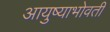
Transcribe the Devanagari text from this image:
आयुष्याभोवती